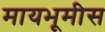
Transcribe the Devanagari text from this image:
मायभूमीस